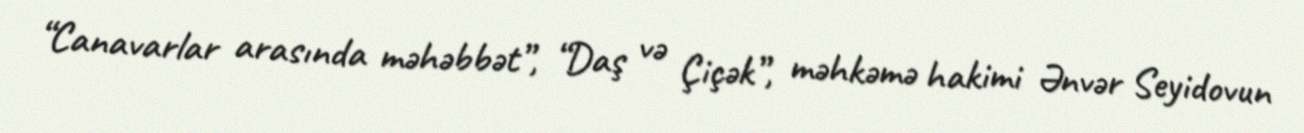
“Canavarlar arasında məhəbbət”, “Daş və Çiçək”, məhkəmə hakimi Ənvər Seyidovun